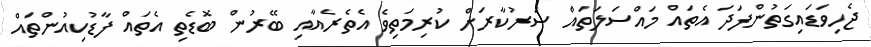
ޖެހިވަޑައިގަތުންފަދަ އެތައް މައްސަލަތައް ސަރުކާރަށް ކުރިމަތިވެ އެތެރެއާއި ބޭރުން ބޮޑެތި އެތައް ފާޑުކިއުންތައް